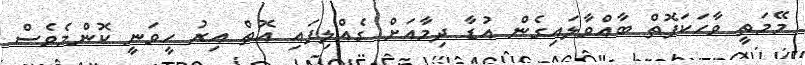
މޭމަތީ ވާހަކަފޮތް ބާއްވާލައިގެން އުޑާ ދިމާއަށް ގެއްލިފައި އޮތް އިރު ހީވަނީ ކޮންމެވެސް